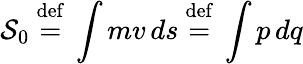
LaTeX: {\mathcal{S}}_{0}\ {\stackrel{\mathrm{def}}{=}}\ \int mv\, ds\ {\stackrel{\mathrm{def}}{=}}\ \int p\, dq